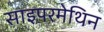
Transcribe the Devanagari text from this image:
साइपरमेथिन